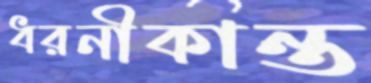
ধরনীকান্ত